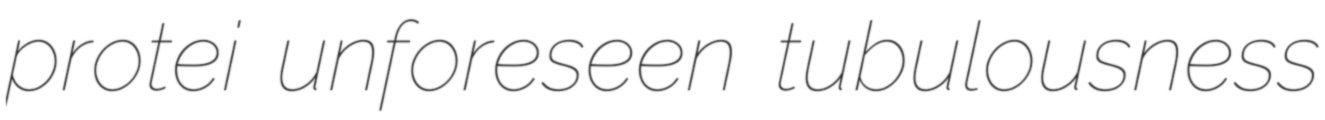
protei unforeseen tubulousness